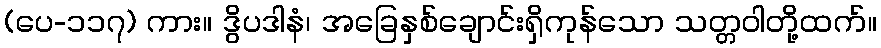
(ပေ-၁၁၇) ကား။ ဒွိပဒါနံ၊ အခြေနှစ်ချောင်းရှိကုန်သော သတ္တဝါတို့ထက်။